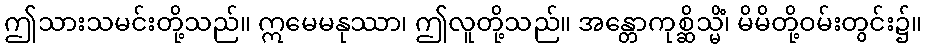
ဤသားသမင်းတို့သည်။ ဣမေမနုဿာ၊ ဤလူတို့သည်။ အန္တောကုစ္ဆိသ္မိံ၊ မိမိတို့ဝမ်းတွင်း၌။